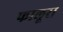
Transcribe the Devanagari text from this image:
फालूरा